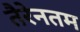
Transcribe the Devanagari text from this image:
तैरेनतम